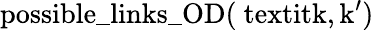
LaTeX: \mathrm{possible\_ links\_ OD(\ textit{k,k^{\prime}})}